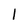
Character: I